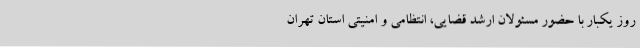
روز یکبار با حضور مسئولان ارشد قضایی، انتظامی و امنیتی استان تهران